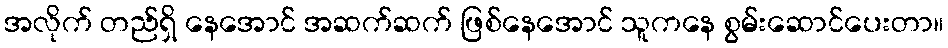
အလိုက် တည်ရှိ နေအောင် အဆက်ဆက် ဖြစ်နေအောင် သူကနေ စွမ်းဆောင်ပေးတာ။